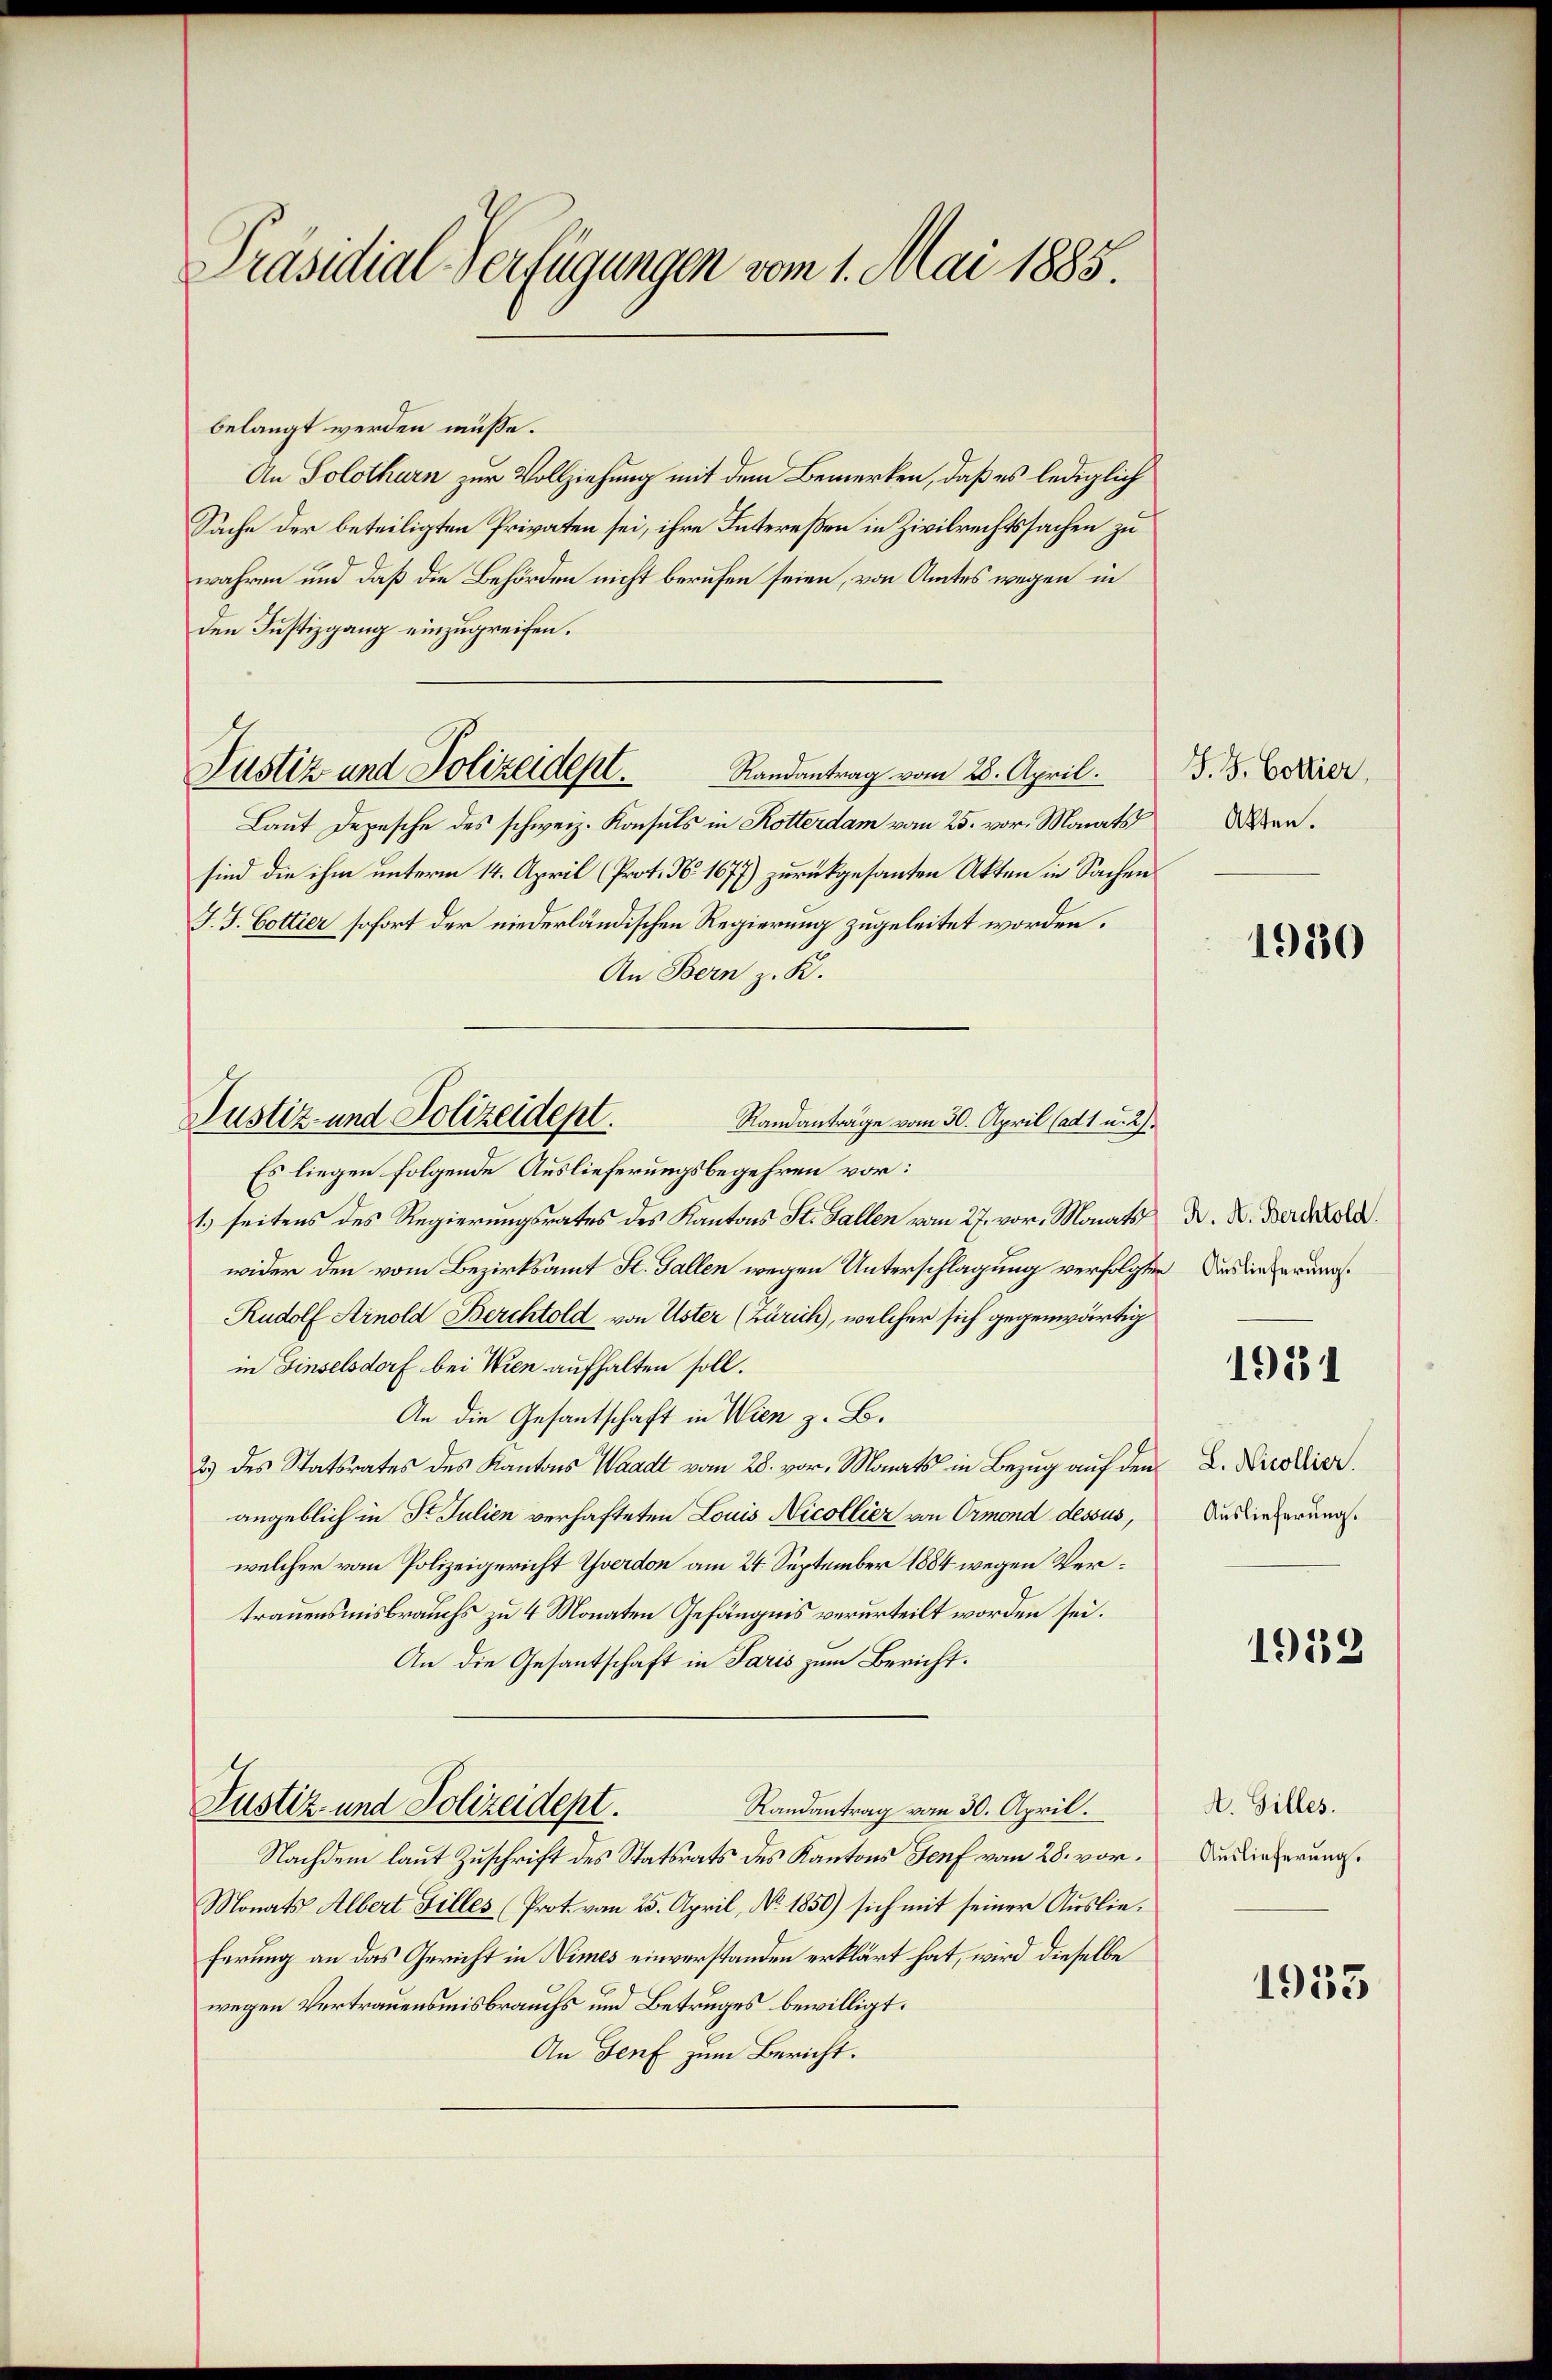
Präsidial-Verfügungen vom 1. Mai 1885.

belangt werden müße.
An Solothurn zur Vollziehung mit dem Bemerken, daß es lediglich
Sache der beteiligten Privaten sei, ihre Intereßen in Zivilrechtssachen zu
wahren und daß die Behörden nicht berufen seien, von Amtes wegen in
den Justizgang einzugreifen.
Laut Depesche des schweiz. Konsuls in Rotterdam vom 25. vor. Monats
sind die ihm unterm 14. April (Prot. No. 1677) zurückgesanten Akten in Sachen
J. J. Cottier sofort der niederländischen Regierung zugeleitet worden.
An Bern z. K.
Es liegen folgende Auslieferungsbegehren vor:
1.) seitens des Regierungsrates des Kantons St. Gallen vom 27. vor. Monats N. K. Berold
wider den vom Bezirksamt St. Gallen wegen Unterschlagung verfolgten Auslieferungs¬
Rudolf Arnold Berchtold von Uster (Zürich), welcher sich gegenwärtig
in Einselsdorf bei Wien aufhalten soll.
An die Gesantschaft in Wien z. B.
2.) des Statsrates des Kantons Waadt vom 28. vor. Monats in Bezug auf den
angeblich in Fr. Julien verhafteten Louis Nicollier von Ormond dessus,
welcher vom Polizeigericht verdon am 24. September 1884 wegen Vertrauensmisbrauchs zu 4 Monaten Gefängnis verurteilt worden sei.
An die Gesantschaft in Paris zum Bericht.
Justiz- und Polizeidept.
Randantrag vom 30. April.
Nachdem laut Zuschrift des Statsrats des Kantons Genf vom 28. vor¬
Monats Albert Filles (Prot. vom 25. April, No. 1850) sich mit seiner Auslieferung an das Gericht in Nimes einverstanden erklärt hat, wird dieselbe
wegen Vertrauensmisbrauchs und Betruges bewilligt.
An Genf zum Bericht.

Justiz und Polizeidept. Randantrag vom 28. April.

Justiz- und Polizeidept.
Randanträge vom 30. April (ad 1 u. 2).

J. J. Gottier,
Akten.

1980

1951

L. Nicollier.
Auslieferung.

1952

A. Gilles.
Auslieferung.

1933